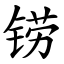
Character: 铹